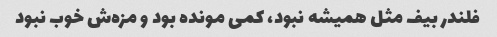
فلندر بیف مثل همیشه نبود، کمی مونده بود و مزه‌ش خوب نبود